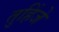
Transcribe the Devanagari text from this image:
तुहिंजे